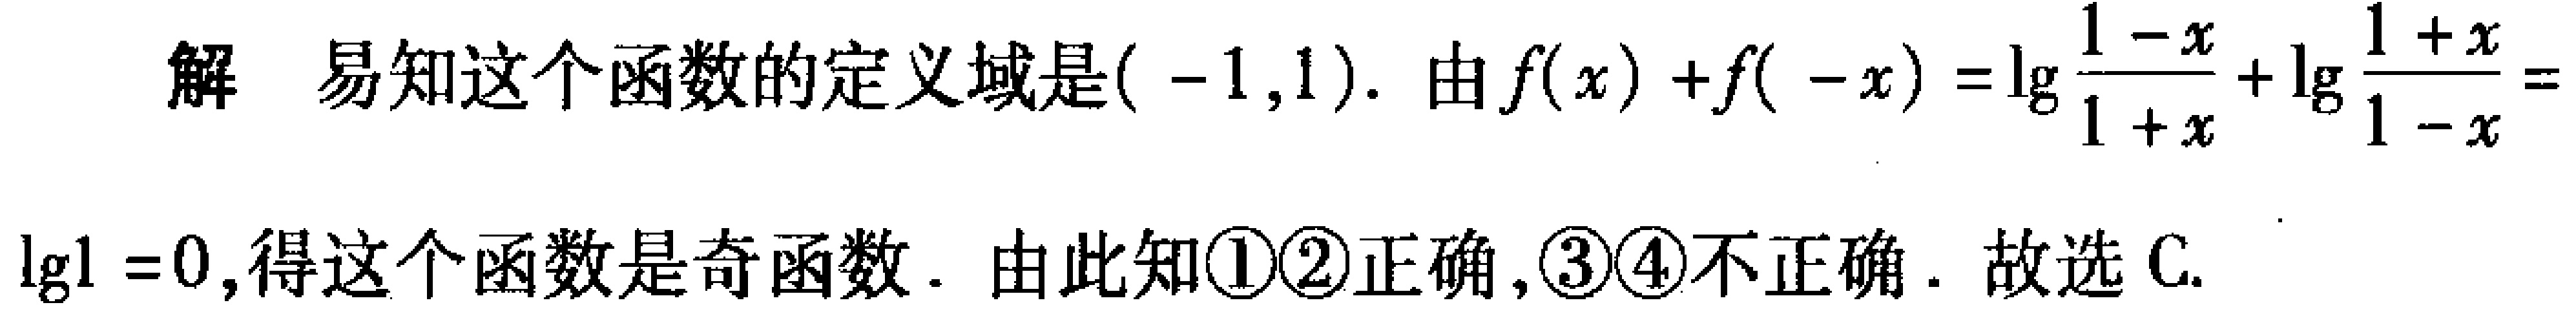
解 易知这个函数的定义域是\(( -1,1)\). 由\(f(x)+f( -x)=\lg\frac{1 - x}{1 + x}+\lg\frac{1 + x}{1 - x}=\lg1 = 0\),得这个函数是奇函数. 由此知\textcircled{1}\textcircled{2}正确,\textcircled{3}\textcircled{4}不正确. 故选 C.